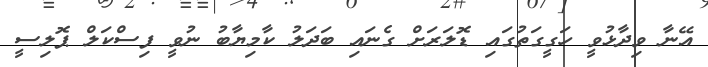
އޭނާ ވިދާޅުވީ ހަގީގަތުގައި ޑޮލަރަށް ގެނައި ބަދަލު ކާމިޔާބު ނުވީ ފިސްކަލް ޕޮލިސީ